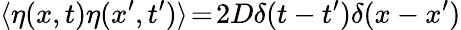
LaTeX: \langle\eta(x,t)\eta(x^{\prime},t^{\prime})\rangle\! =\! 2D\delta(t-t^{\prime})\delta(x-x^{\prime})